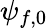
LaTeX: \psi_{f,0}